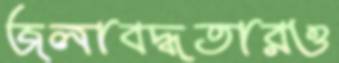
জলাবদ্ধতারও